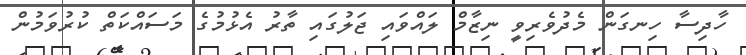
ހާދިސާ ހިނގަން މެދުވެރިވީ ނިޒާމް ލައްވައި ޖަލުގައި ތާރު އެޅުމުގެ މަސައްކަތް ކުރުވަމުން